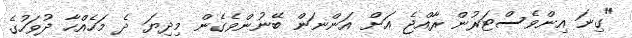
"ގިނަ އިންވެސްޓަރުން ރާއްޖެ އަށް އަންނަން ބޭނުންވެގެން މިދިޔަ ދެ މަހެއްހާ ދުވަހުގެ